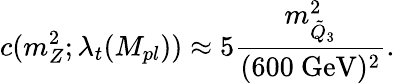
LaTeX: c(m_{Z}^{2};\lambda_{t}(M_{pl}))\approx 5\frac{m_{\tilde{Q}_{3}}^{2}}{(\mathrm{600~GeV})^{2}}.